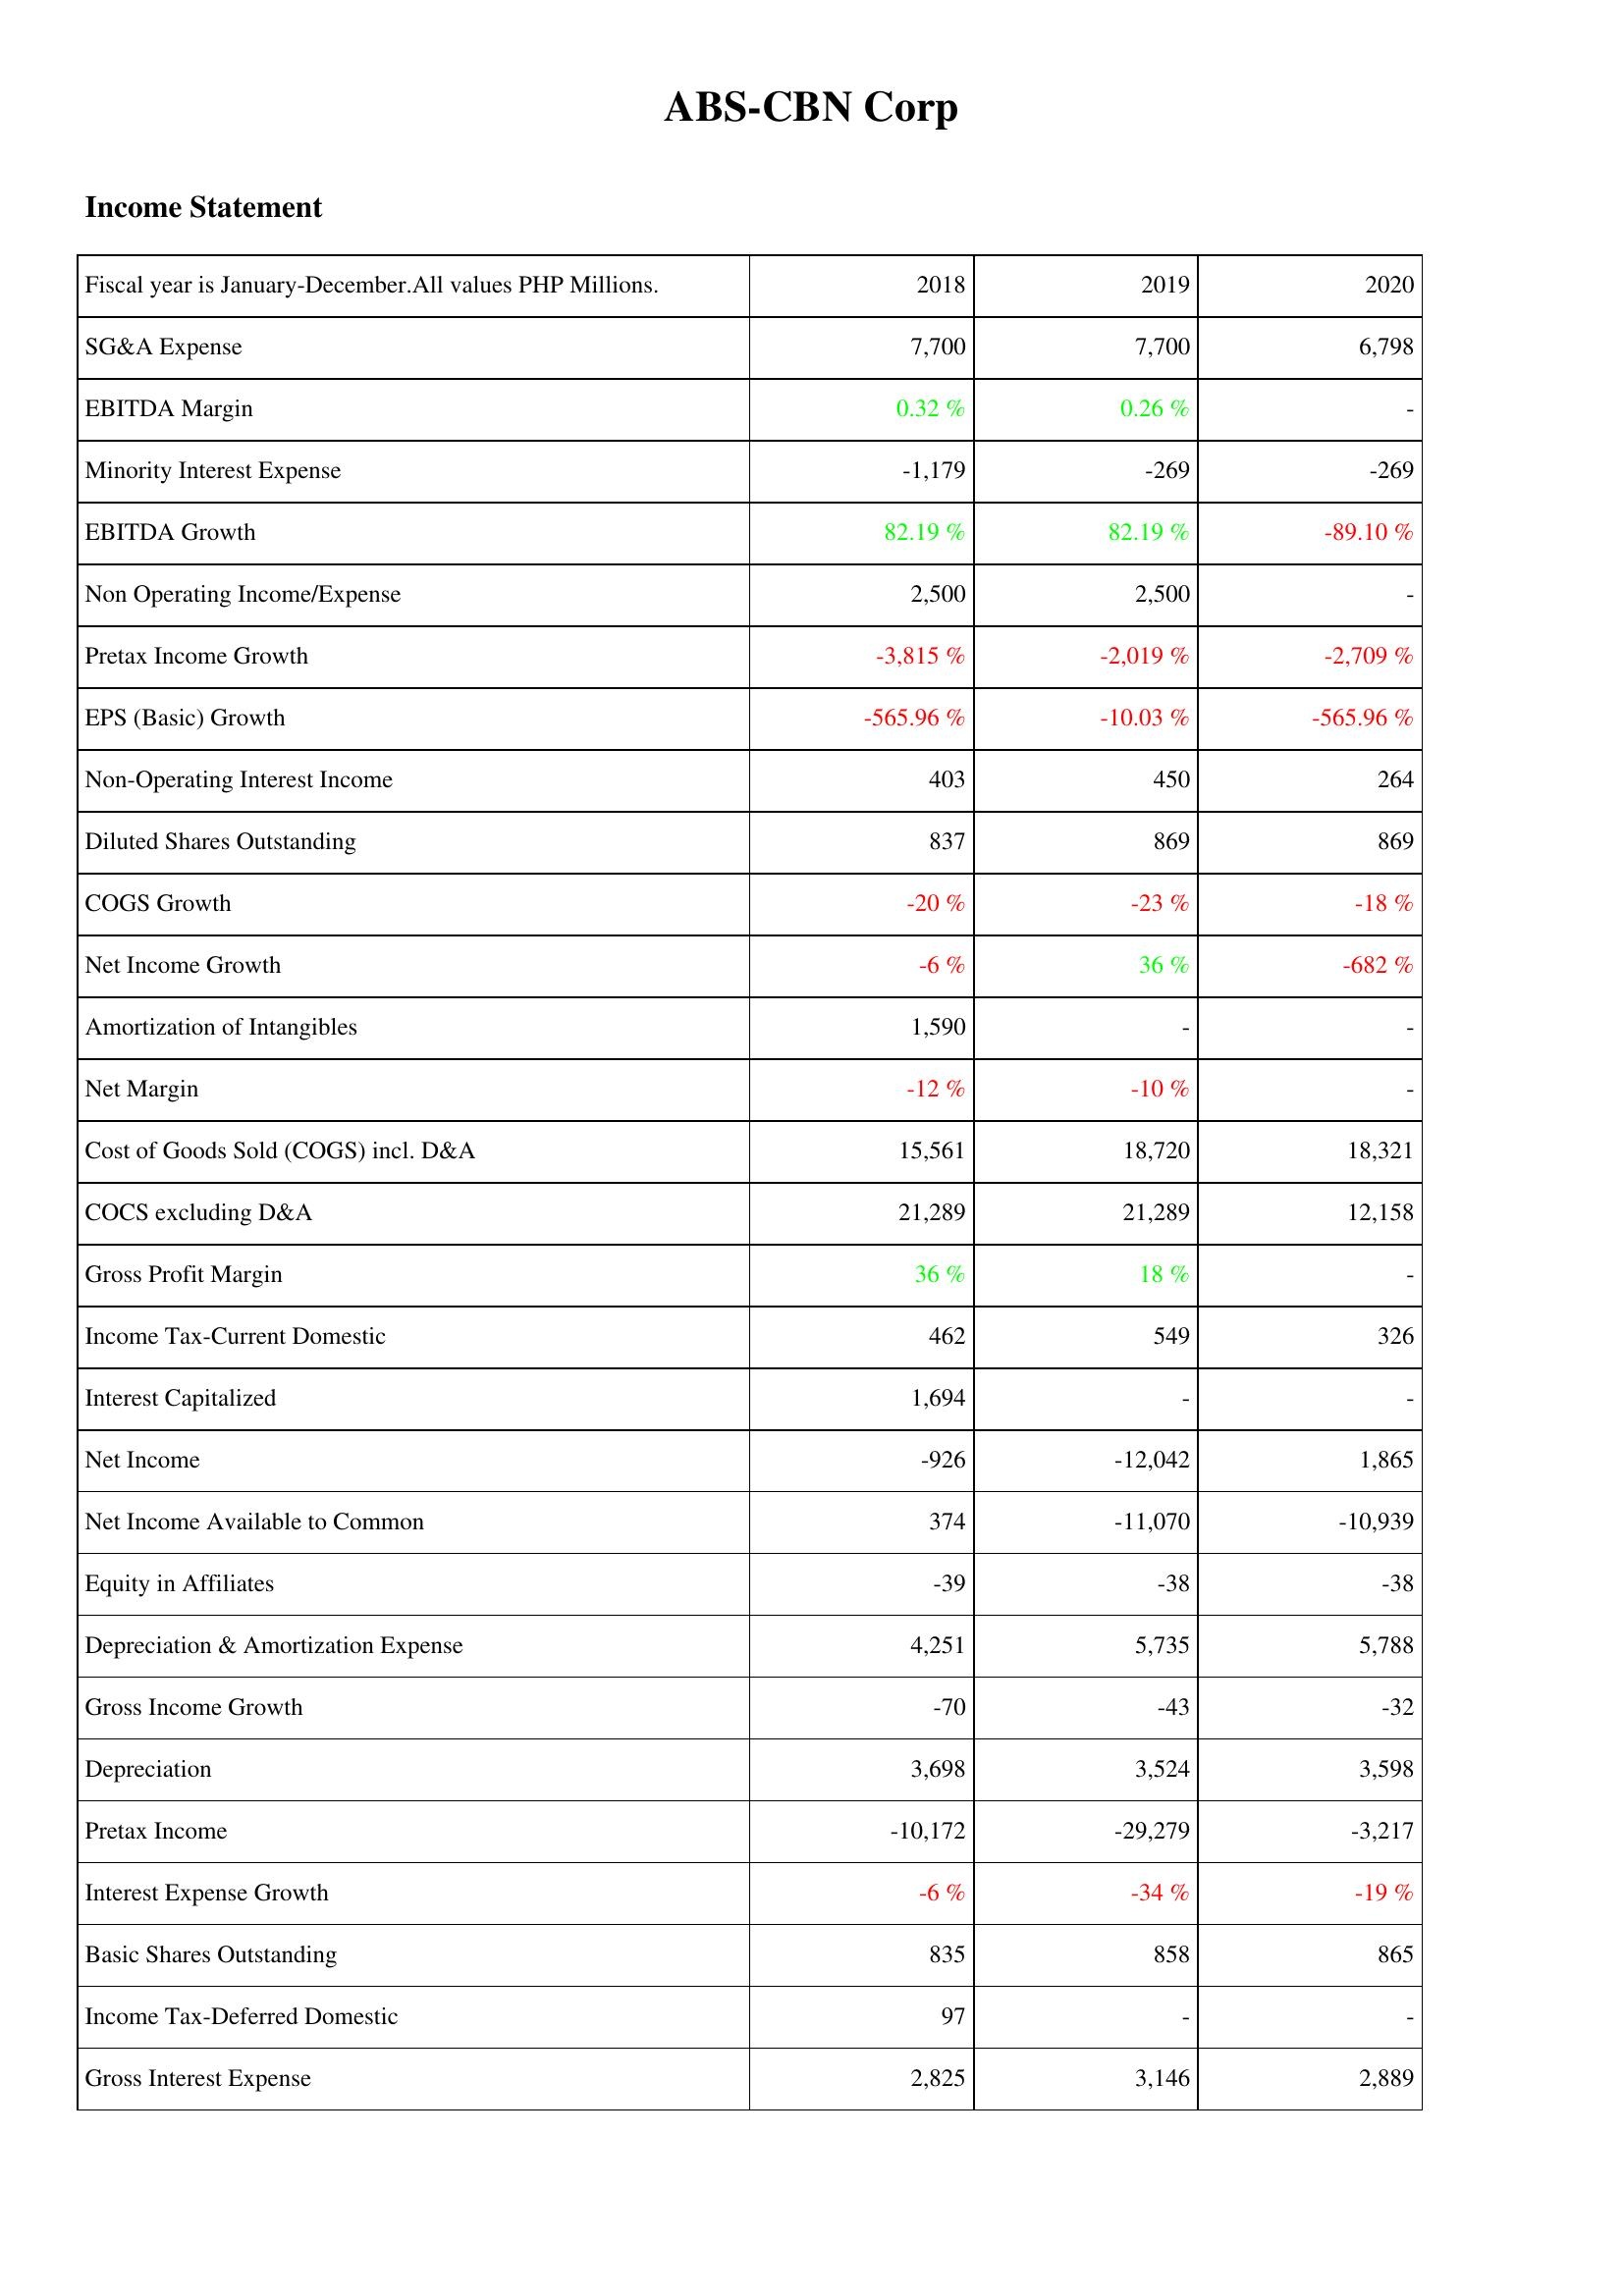
2018: Income Statement: SG&A Expense: 7,700
EBITDA Margin: 0.32 %
Minority Interest Expense: -1,179
EBITDA Growth: 82.19 %
Non Operating Income/Expense: 2,500
Pretax Income Growth: -3,815 %
EPS (Basic) Growth: -565.96 %
Non-Operating Interest Income: 403
Diluted Shares Outstanding: 837
COGS Growth: -20 %
Net Income Growth: -6 %
Amortization of Intangibles: 1,590
Net Margin: -12 %
Cost of Goods Sold (COGS) incl. D&A: 15,561
COCS excluding D&A: 21,289
Gross Profit Margin: 36 %
Income Tax-Current Domestic: 462
Interest Capitalized: 1,694
Net Income: -926
Net Income Available to Common: 374
Equity in Affiliates: -39
Depreciation & Amortization Expense: 4,251
Gross Income Growth: -70
Depreciation: 3,698
Pretax Income: -10,172
Interest Expense Growth: -6 %
Basic Shares Outstanding: 835
Income Tax-Deferred Domestic: 97
Gross Interest Expense: 2,825
2019: Income Statement: SG&A Expense: 7,700
EBITDA Margin: 0.26 %
Minority Interest Expense: -269
EBITDA Growth: 82.19 %
Non Operating Income/Expense: 2,500
Pretax Income Growth: -2,019 %
EPS (Basic) Growth: -10.03 %
Non-Operating Interest Income: 450
Diluted Shares Outstanding: 869
COGS Growth: -23 %
Net Income Growth: 36 %
Amortization of Intangibles: -
Net Margin: -10 %
Cost of Goods Sold (COGS) incl. D&A: 18,720
COCS excluding D&A: 21,289
Gross Profit Margin: 18 %
Income Tax-Current Domestic: 549
Interest Capitalized: -
Net Income: -12,042
Net Income Available to Common: -11,070
Equity in Affiliates: -38
Depreciation & Amortization Expense: 5,735
Gross Income Growth: -43
Depreciation: 3,524
Pretax Income: -29,279
Interest Expense Growth: -34 %
Basic Shares Outstanding: 858
Income Tax-Deferred Domestic: -
Gross Interest Expense: 3,146
2020: Income Statement: SG&A Expense: 6,798
EBITDA Margin: -
Minority Interest Expense: -269
EBITDA Growth: -89.10 %
Non Operating Income/Expense: -
Pretax Income Growth: -2,709 %
EPS (Basic) Growth: -565.96 %
Non-Operating Interest Income: 264
Diluted Shares Outstanding: 869
COGS Growth: -18 %
Net Income Growth: -682 %
Amortization of Intangibles: -
Net Margin: -
Cost of Goods Sold (COGS) incl. D&A: 18,321
COCS excluding D&A: 12,158
Gross Profit Margin: -
Income Tax-Current Domestic: 326
Interest Capitalized: -
Net Income: 1,865
Net Income Available to Common: -10,939
Equity in Affiliates: -38
Depreciation & Amortization Expense: 5,788
Gross Income Growth: -32
Depreciation: 3,598
Pretax Income: -3,217
Interest Expense Growth: -19 %
Basic Shares Outstanding: 865
Income Tax-Deferred Domestic: -
Gross Interest Expense: 2,889